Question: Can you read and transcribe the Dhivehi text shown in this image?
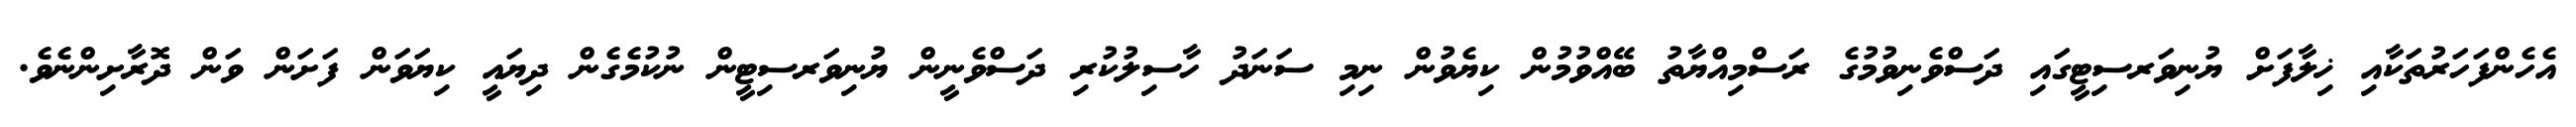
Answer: އެހެންފަހަރުތަކާއި ޚިލާފަށް ޔުނިވަރސިޓީގައި ދަސްވެނިވުމުގެ ރަސްމިއްޔާތު ބޭއްވުމުން ކިޔެވުން ނިމި ސަނަދު ހާސިލުކުރި ދަސްވެނީން ޔުނިވަރސިޓީން ނުކުމެގެން ދިޔައީ ކިޔަވަން ފަށަން ވަން ދޮރާށިންނެވެ.